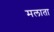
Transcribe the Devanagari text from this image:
मलाता